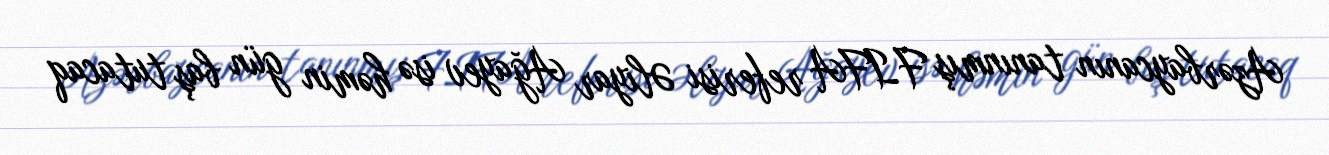
Azərbaycanın tanınmış FIFA referisi Əliyar Ağayev isə həmin gün baş tutacaq